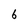
Character: 6